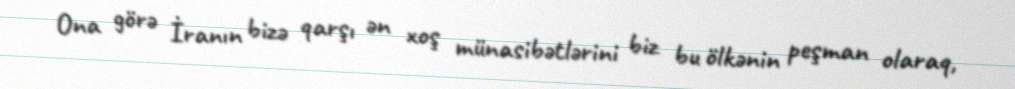
Ona görə İranın bizə qarşı ən xoş münasibətlərini biz bu ölkənin peşman olaraq,